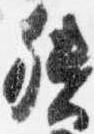
督